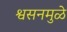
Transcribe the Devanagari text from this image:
श्वसनमुळे